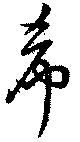
希